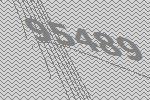
95489